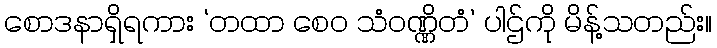
စောဒနာရှိရကား ‘တထာ စေဝ သံဝဏ္ဏိတံ’ ပါဌ်ကို မိန့်သတည်း။